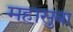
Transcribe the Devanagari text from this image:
महासुबा